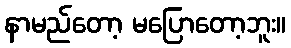
နာမည်တော့ မပြောတော့ဘူး။